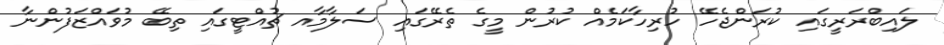
ލައިބްރަރީގައި ކުރަންޖެހޭ ހުރިހާކަމެއް ކުރުން މީގެ ތެރޭގައި ސަލާމާއ ޗުއްޓީގައި ތިބޭ މުވައްޒަފުންނާ